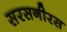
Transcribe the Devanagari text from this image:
सरसनीरस